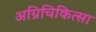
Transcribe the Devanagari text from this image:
अग्निचिकित्सा